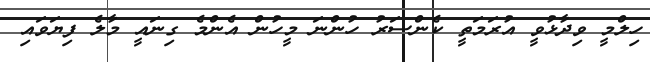
ހިލްމީ ވިދާޅުވީ އުރަމަތީ ކެންސަރު ހުންނަ މީހުން އެންމެ ގިނައީ މާލެ ފިޔަވައި